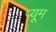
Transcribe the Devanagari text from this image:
प्यूम